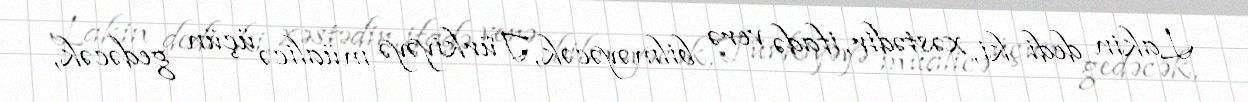
Lakin dedi ki, xəstədir, ifadə verə bilməyəcək, Türkiyəyə müalicə üçün gedəcək,